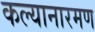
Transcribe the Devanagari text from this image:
कल्यानारमण